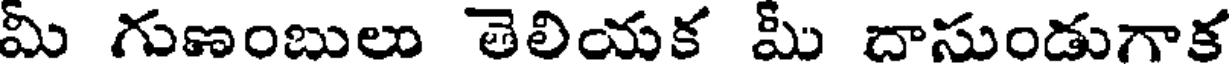
మీ గుణంబులు తెలియక మీ దాసుండుగాక